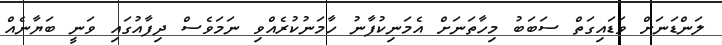
ލަންޑަނަށް ވަޑައިގަތް ސަބަބު މިހާތަނަށް އެމަނިކުފާނު ހާމަނުކުރެއްވި ނަމަވެސް ދިފާއުގައި ވަނީ ބަޔާނެއް